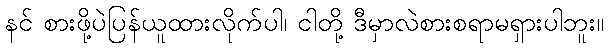
နင် စားဖို့ပဲပြန်ယူထားလိုက်ပါ၊ ငါတို့ ဒီမှာလဲစားစရာမရှားပါဘူး။